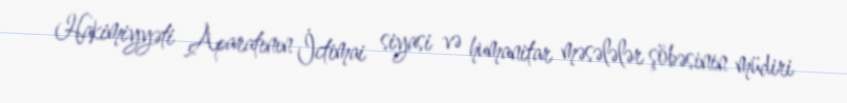
Hakimiyyəti Aparatının İctimai siyasi və humanitar məsələlər şöbəsinin müdiri